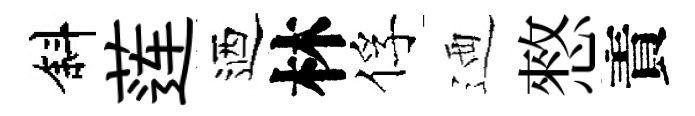
斜莲迺林俘迺憗責